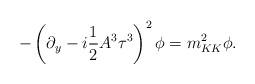
LaTeX: \begin{align*}-\left(\partial_{y} - i \frac{1}{2} A^{3} \tau^{3} \right)^{2} \phi = m_{KK}^{2} \phi .\end{align*}